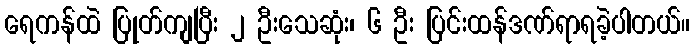
ရေကန်ထဲ ပြုတ်ကျပြီး ၂ ဦးသေဆုံး၊ ၆ ဦး ပြင်းထန်ဒဏ်ရာရခဲ့ပါတယ်။